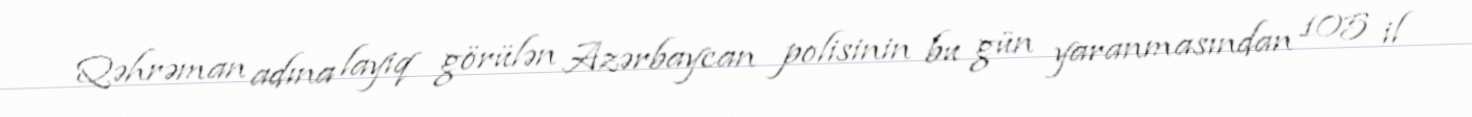
Qəhrəman adına layiq görülən Azərbaycan polisinin bu gün yaranmasından 105 il